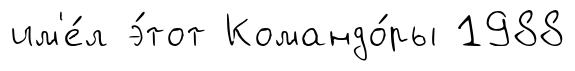
им'е́л э́тот Командо́ры 1988